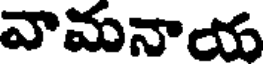
వామనాయ